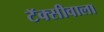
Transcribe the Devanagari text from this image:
टॅक्सीवाला